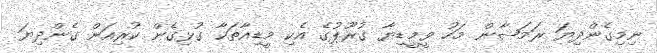
ނިމިގެންދިޔަ ރަމަޟާން މަހު ވީމީޑިޔާ ގުރޫޕުގެ އެކި މީޑިއާތަކާ ގުޅިގެން ކުރިއަށް ގެންދިޔަ